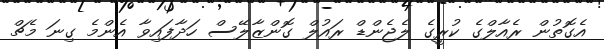
އެގޮތުން ރެއާލްގެ ކުރީގެ ލެޖެންޑް ރައުލް ގޮންޒާލޭސް ހަދާފައިވާ އެންމެ ގިނަ މެޗް